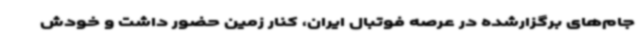
جام‌های برگزارشده در عرصه فوتبال ایران، کنار زمین حضور داشت و خودش